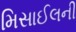
મિસાઈલની